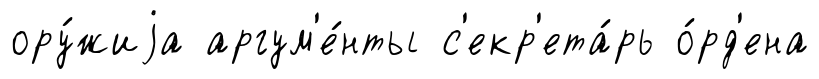
ору́жиjа аргум'е́нты с'екр'ета́рь о́рд'ена